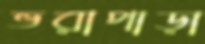
ভরাপাড়া